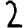
Digit: 2